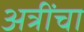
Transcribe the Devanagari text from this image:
अत्रींचा